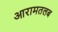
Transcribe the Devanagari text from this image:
आरामतलब